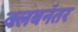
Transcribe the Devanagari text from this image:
क्लबनंतर